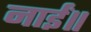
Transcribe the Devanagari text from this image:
नाईं॥